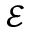
\mathcal { E }